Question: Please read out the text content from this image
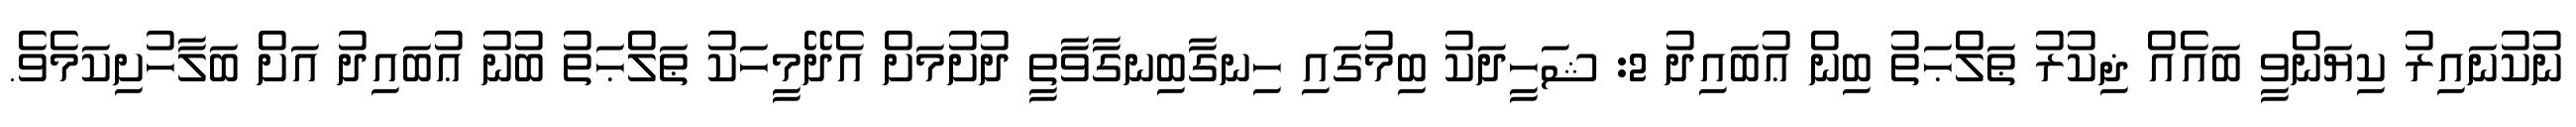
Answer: ނުކުނައިރު ކިޔަންވީ ބައެއް ޛިކުރު ޠަލްޙަތު ބިން ޢުބައިދު 2: ޝަހީދަކު ބިމުގައި ހިނގާބިނގާވާތީ ދުށުމަށް އެދޭމީހަކު ޠަލްޙަތު ބުނު ޢުބައިދު އަށް ބަލާހުށިކަމެވެ.